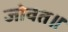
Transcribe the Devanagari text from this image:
जोवत॥